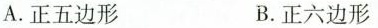
A.正五边形 B.正六边形